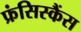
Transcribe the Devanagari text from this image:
फ्रंसिस्कैंस